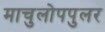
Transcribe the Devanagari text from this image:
माचुलोपपुलर